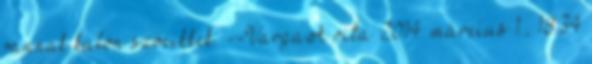
vannak külön szócikkek. --VargaA vita 2014. március 1., 18:34